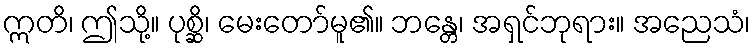
ဣတိ၊ ဤသို့။ ပုစ္ဆိ၊ မေးတော်မူ၏။ ဘန္တေ၊ အရှင်ဘုရား။ အညေသံ၊